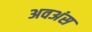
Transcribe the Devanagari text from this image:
अवअंस